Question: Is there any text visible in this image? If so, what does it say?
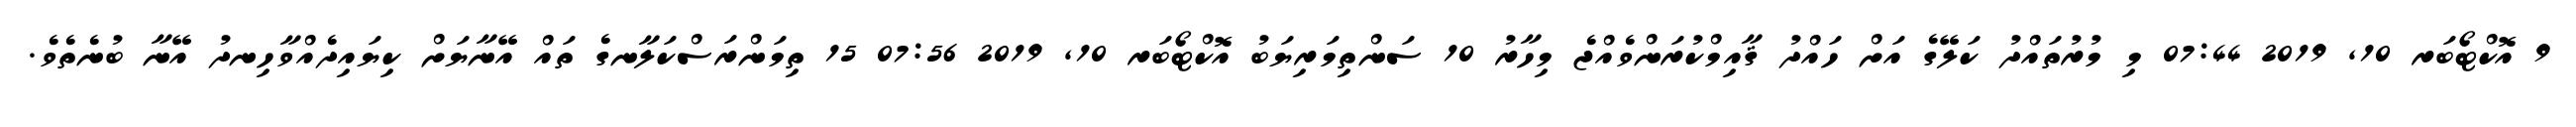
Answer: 9 އޮކްޓޯބަރ 10, 2019 07:44 މި މުރުތައްދު ކަލޭގެ އަށް ހައްދު ޤާއިމްކުރަންވެއްޖެ މިހާރު 10 ސަންތިމަރިޔަބު އޮކްޓޯބަރ 10, 2019 07:56 15 ތިމަންރަސްކަލާނގެ ތައް އޭނާޔަށް ކިޔައިދެއްވާހިނދު އޭނާ ބުނެތެވެ.